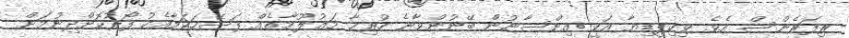
ރިފަރެންސް އެވެ. ވިކިޕީޑިޔާ އަކީ އިންސާނުން ބޭނުންވާނެ ހުރިހާ މަޢުލޫމާތެއް ފަސޭހަކަމާއެކު ފޯރުކޮށްދިނުމަށް